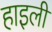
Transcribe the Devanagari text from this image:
हाइली